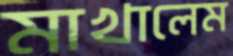
মাখালেম